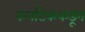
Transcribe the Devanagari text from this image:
कर्नाटककडून